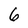
Character: 6